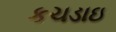
કચડાઇ